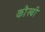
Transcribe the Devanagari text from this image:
कौस्बी